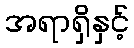
အရာရှိနှင့်